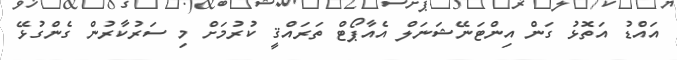
އައްޑު އަތޮޅު ގަން އިންޓަނޭޝަނަލް އެއާޕޯޓް ތަރައްޤީ ކުރުމަށް މި ސަރުކާރުން ގެންގުޅޭ